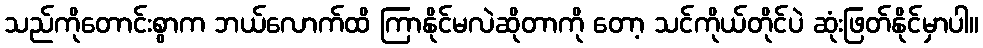
သည်ကိုတောင်းစွာက ဘယ်လောက်ထိ ကြာနိုင်မလဲဆိုတာကို တော့ သင်ကိုယ်တိုင်ပဲ ဆုံးဖြတ်နိုင်မှာပါ။